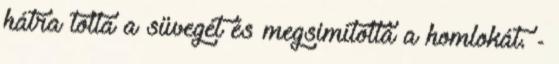
hátra tolta a süvegét és megsimította a homlokát. -